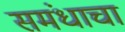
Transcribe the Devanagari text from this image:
समंधाचा